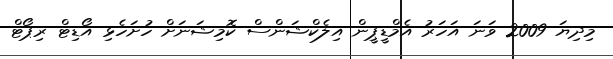
މިދިޔަ 2009 ވަނަ އަހަރު އެމްޑީޕީން އިލެކްޝަންސް ކޮމިޝަނަށް ހުށަހެޅި އޯޑިޓް ރިޕޯޓް